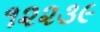
૧૨૨૩૯